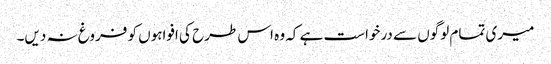
میری تمام لوگوں سے درخواست ہے کہ وہ اس طرح کی افواہوں کو فروغ نہ دیں۔